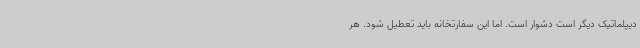
دیپلماتیک دیگر است دشوار است. اما این سفارتخانه باید تعطیل شود. هر